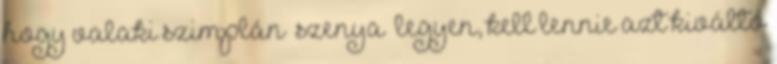
hogy valaki szimplán “szenya” legyen, kell lennie azt kiváltó